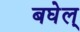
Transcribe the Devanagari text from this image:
बघेल्